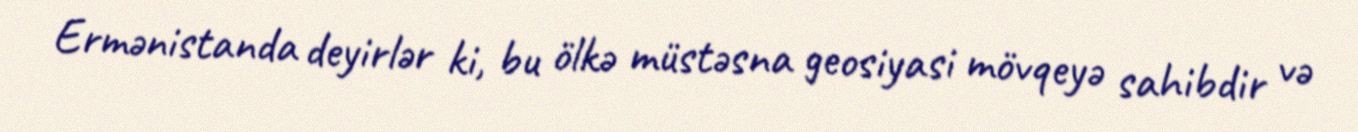
Ermənistanda deyirlər ki, bu ölkə müstəsna geosiyasi mövqeyə sahibdir və